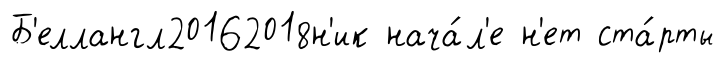
Б'еллангл20162018н'ик нача́л'е н'ет ста́рты